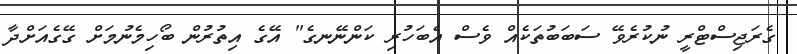
ގެރަޖިސްޓްރީ ނުކުރެވޭ ސަބަބުތަކެއް ވެސް އެބަހުރި ކަންނޭނގެ" އޭގެ އިތުރުން ބޯހިމެނުމަށް ގޭގެއަށްދާ